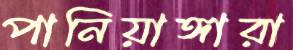
পানিয়াঙ্গারা